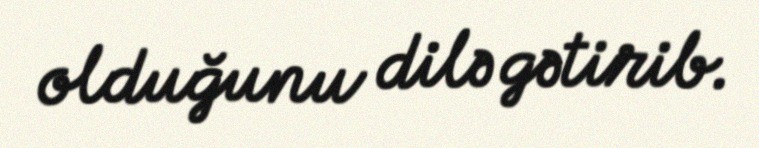
olduğunu dilə gətirib.